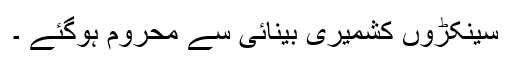
سینکڑوں کشمیری بینائی سے محروم ہوگئے ۔